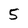
Character: 5